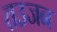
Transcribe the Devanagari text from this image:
तउजन